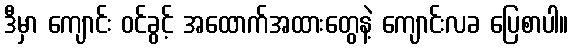
ဒီမှာ ကျောင်း ဝင်ခွင့် အထောက်အထားတွေနဲ့ ကျောင်းလခ ပြေစာပါ။